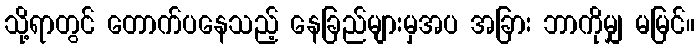
သို့ရာတွင် တောက်ပနေသည့် နေခြည်များမှအပ အခြား ဘာကိုမျှ မမြင်။